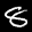
Label: 8